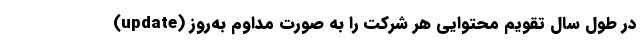
در طول سال تقویم محتوایی هر شرکت را به صورت مداوم به‌روز (update)